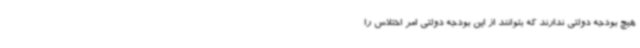
هیچ بودجه دولتی ندارند که بتوانند از این بودجه دولتی امر اختلاس را